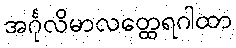
အင်္ဂုလိမာလတ္ထေရဂါထာ